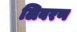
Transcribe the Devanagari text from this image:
लिबरण